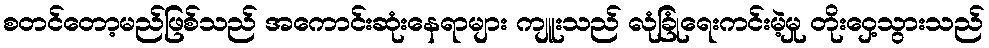
စတင်တော့မည်ဖြစ်သည် အကောင်းဆုံးနေရာများ ကျူးသည် လုံခြုံရေးကင်းမဲ့မှု တိုးဝှေ့သွားသည်